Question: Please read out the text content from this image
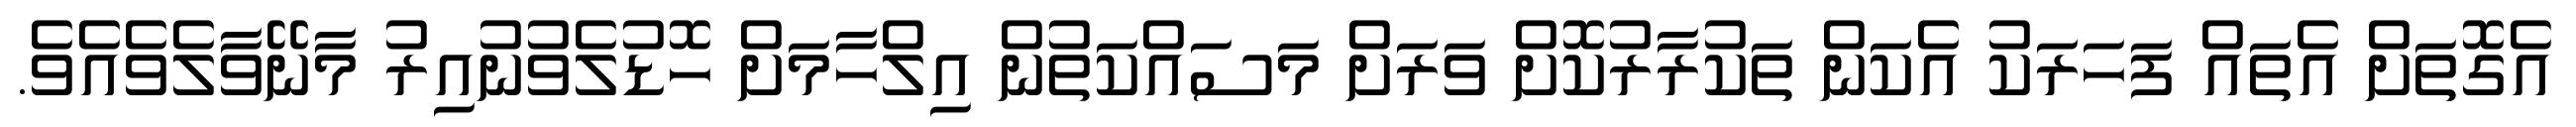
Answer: އެގޮތަށް އެތައް ފަހަރަކު އެކަން ތަކުރާރުކޮށް ވަރަށް މަސައްކަތުން އިލްހާމަށް ހޮޑުލެވުނުއިރު މާނޭވާލެވެއެވެ.